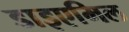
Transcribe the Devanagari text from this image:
डाइएमिल